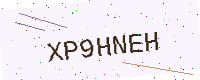
Text: XP9HNEH